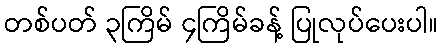
တစ်ပတ် ၃ကြိမ် ၄ကြိမ်ခန့် ပြုလုပ်ပေးပါ။